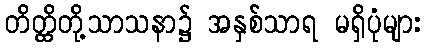
တိတ္ထိတို့သာသနာ၌ အနှစ်သာရ မရှိပုံများ